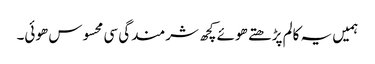
ہمیں یہ کالم پڑھتے ھوئے کچھ شرمندگی سی محسوس ھوئی۔